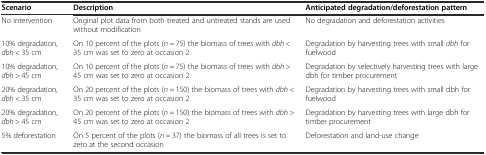
<table><thead><tr><td><b>Scenario</b></td><td><b>Description</b></td><td><b>Anticipated degradation/deforestation pattern</b></td></tr></thead><tbody><tr><td>No intervention</td><td>Original plot data from both treated and untreated stands are used without modification</td><td>No degradation and deforestation activities</td></tr><tr><td>10% degradation, <i>dbh</i> &lt; 35 cm</td><td>On 10 percent of the plots (<i>n</i> = 75) the biomass of trees with <i>dbh</i> &lt; 35 cm was set to zero at occasion 2</td><td>Degradation by harvesting trees with small <i>dbh</i> for fuelwood</td></tr><tr><td>10% degradation, <i>dbh</i> &gt; 45 cm</td><td>On 10 percent of the plots (<i>n</i> = 75) the biomass of trees with <i>dbh</i> &gt; 45 cm was set to zero at occasion 2</td><td>Degradation by selectively harvesting trees with large dbh for timber procurement</td></tr><tr><td>20% degradation, <i>dbh</i> &lt; 35 cm</td><td>On 20 percent of the plots (<i>n</i> = 150) the biomass of trees with <i>dbh</i> &lt; 35 cm was set to zero at occasion 2</td><td>Degradation by harvesting trees with small dbh for fuelwood</td></tr><tr><td>20% degradation, <i>dbh</i> &gt; 45 cm</td><td>On 20 percent of the plots (<i>n</i> = 150) the biomass of trees with <i>dbh</i> &gt; 45 cm was set to zero at occasion 2</td><td>Degradation by harvesting trees with large dbh for timber procurement</td></tr><tr><td>5% deforestation</td><td>On 5 percent of the plots (<i>n</i> = 37) the biomass of all trees is set to zero at the second occasion</td><td>Deforestation and land-use change</td></tr></tbody></table>